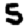
Digit: 5